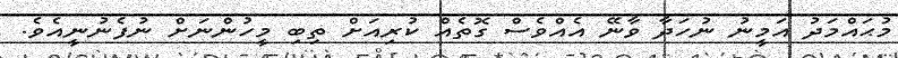
މުޙައްމަދު އަމީނު ނުހަދާ ވާނޭ އެއްވެސް ގޮތެއް ކުރިއަށް ތިބި މީހުންނަށް ނުފެނުނީއެވެ.